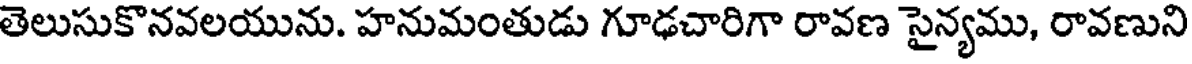
తెలుసుకొనవలయును. హనుమంతుడు గూఢచారిగా రావణ సైన్యము, రావణుని